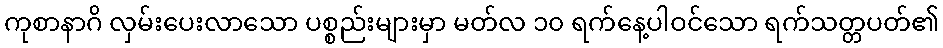
ကုစာနာဂိ လှမ်းပေးလာသော ပစ္စည်းများမှာ မတ်လ ၁၀ ရက်နေ့ပါဝင်သော ရက်သတ္တပတ်၏